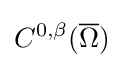
C^{0,\beta }({\overline {\Omega }})